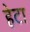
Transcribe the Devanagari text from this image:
हेटा